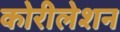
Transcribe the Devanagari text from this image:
कोरीलेशन